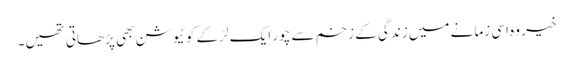
خیر وہ اسی زمانے میں زندگی کے زخم سے چور ایک لڑکے کو ٹیوشن بھی پڑھاتی تھیں۔